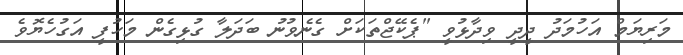
މަރިޔަމް އަހުމަދު ދީދީ ވިދާޅުވީ "ޕެކޭޖްތަކަށް ގެނެވުނު ބަދަލާ ގުޅިގެން މަހުފީ އަގުހެޔޮވެ